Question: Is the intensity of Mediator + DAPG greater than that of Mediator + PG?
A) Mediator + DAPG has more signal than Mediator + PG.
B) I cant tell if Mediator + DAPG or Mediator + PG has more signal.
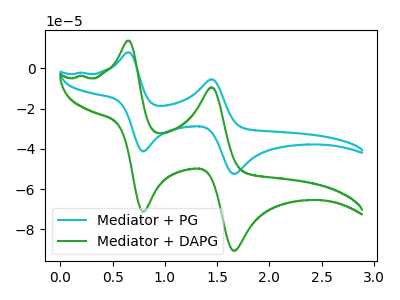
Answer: <think>The cyan curve "Mediator + PG" has anodic peaks at (0.65V, 7.95uA) (1.45V, -5.45uA) and cathodic peaks at (0.80V, -41.25uA) (1.65V, -52.45uA). The green curve "Mediator + DAPG" has anodic peaks at (0.65V, 13.70uA) (1.45V, -9.45uA) and cathodic peaks at (0.80V, -71.35uA) (1.65V, -90.65uA).
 All the peaks in "Mediator + DAPG" have a peak in "Mediator + PG" at the same potential.</think>
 <answer>B) I cant tell if "Mediator + DAPG" or "Mediator + PG" has more signal.</answer>
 <eval>B</eval>